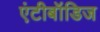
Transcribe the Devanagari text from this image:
एंटीबॉडिज